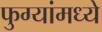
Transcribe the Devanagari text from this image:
फुग्यांमध्ये